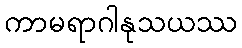
ကာမရာဂါနုသယဿ